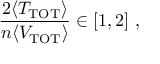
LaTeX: { \frac { 2 \langle T _ { \mathrm { T O T } } \rangle } { n \langle V _ { \mathrm { T O T } } \rangle } } \in \left[ 1 , 2 \right] \, ,